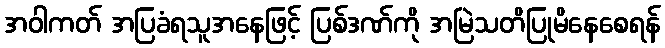
အဝါကတ် အပြခံရသူအနေဖြင့် ပြစ်ဒဏ်ကို အမြဲသတိပြုမိနေစေရန်